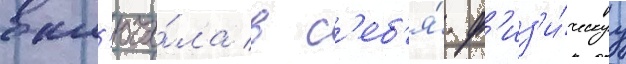
вкл'юча́ла в с'еб'я́ ф'из'и́ческуу